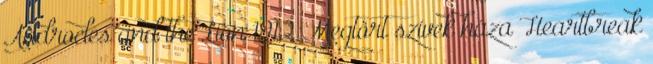
Androcles and the Lion 1912 Megtört szívek háza Heartbreak